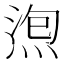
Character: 𱧖